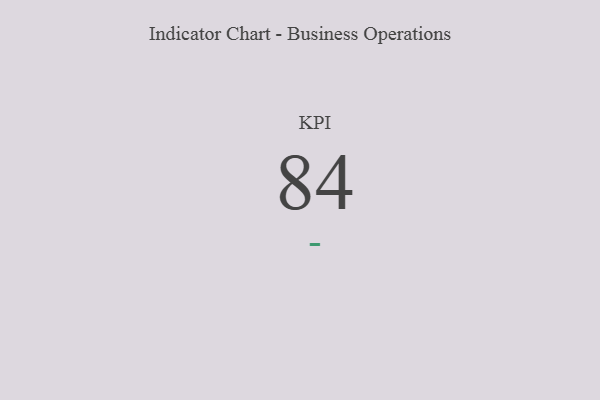
{"axis": {"x": "KPI", "y": "Value"}, "legend": [""], "data": [{"x": "KPI", "y": 84, "type": ""}]}